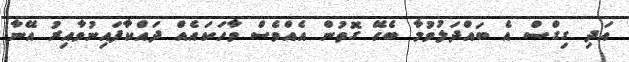
އަދި ގިގްސް އެ ބައްދަލުވުމާ ބެހޭ ގޮތުން އެއްވެސް ވާހަކައެއް ދައްކާފައިނުވާއިރު އޭނާ